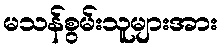
မသန်စွမ်းသူများအား